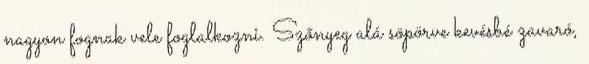
nagyon fognak vele foglalkozni. Szőnyeg alá söpörve kevésbé zavaró,